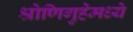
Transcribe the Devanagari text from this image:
श्रोणिगुहेमध्ये